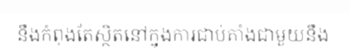
នឹងកំពុងតែស្ថិតនៅក្នុងការជាប់គាំងជាមួយនឹង